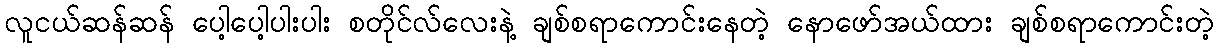
လူငယ်ဆန်ဆန် ပေါ့ပေါ့ပါးပါး စတိုင်လ်လေးနဲ့ ချစ်စရာကောင်းနေတဲ့ နောဖော်အယ်ထား ချစ်စရာကောင်းတဲ့